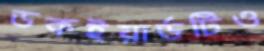
ডকইয়ার্ডটিও